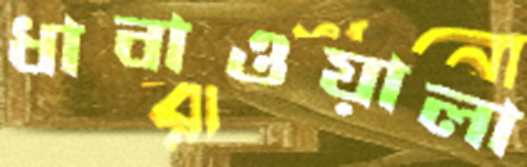
ধাবাওয়ালা